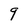
Character: 9